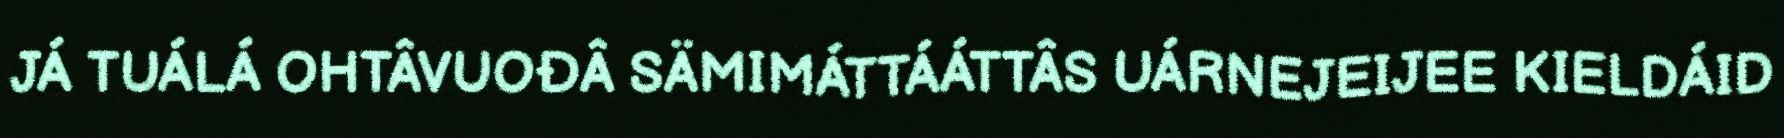
JÁ TUÁLÁ OHTÂVUOĐÂ SÄMIMÁTTÁÁTTÂS UÁRNEJEIJEE KIELDÁID